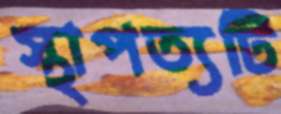
স্থাপত্যটি